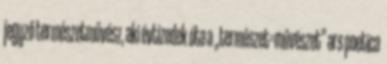
jegyző természetművész, aki évtizedek óta a „természet=művészet” ars poetica